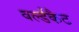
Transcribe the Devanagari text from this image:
वर्ल्डकैट